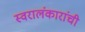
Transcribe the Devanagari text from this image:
स्वरालंकारांची